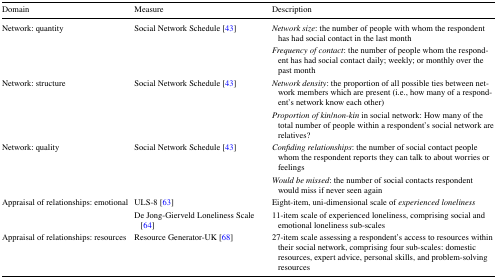
| Domain | Measure | Description |
 | --- | --- | --- |
 | <ROWSPAN=2> Network: quantity | <ROWSPAN=2> Social Network Schedule [43] | Network size: the number of people with whom the respondent has had social contact in the last month |
 | Frequency of contact: the number of people whom the respondent has had social contact daily; weekly; or monthly over the past month |
 | <ROWSPAN=2> Network: structure | <ROWSPAN=2> Social Network Schedule [43] | Network density: the proportion of all possible ties between network members which are present (i.e., how many of a respondent’s network know each other) |
 | Proportion of kin/non-kin in social network: How many of the total number of people within a respondent’s social network are relatives? |
 | <ROWSPAN=2> Network: quality | <ROWSPAN=2> Social Network Schedule [43] | Confiding relationships: the number of social contact people whom the respondent reports they can talk to about worries or feelings |
 | Would be missed: the number of social contacts respondent would miss if never seen again |
 | <ROWSPAN=2> Appraisal of relationships: emotional | ULS-8 [63] | Eight-item, uni-dimensional scale of experienced loneliness |
 | De Jong-Gierveld Loneliness Scale [64] | 11-item scale of experienced loneliness, comprising social and emotional loneliness sub-scales |
 | Appraisal of relationships: resources | Resource Generator-UK [68] | 27-item scale assessing a respondent’s access to resources within their social network, comprising four sub-scales: domestic resources, expert advice, personal skills, and problem-solving resources |